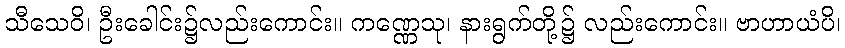
သီသေဝိ၊ ဦးခေါင်း၌လည်းကောင်း။ ကဏ္ဏေသု၊ နားရွက်တို့၌ လည်းကောင်း။ ဗာဟာယံပိ၊